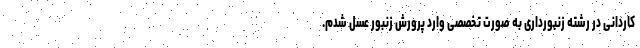
کاردانی در رشته زنبورداری به صورت تخصصی وارد پرورش زنبور عسل شدم.